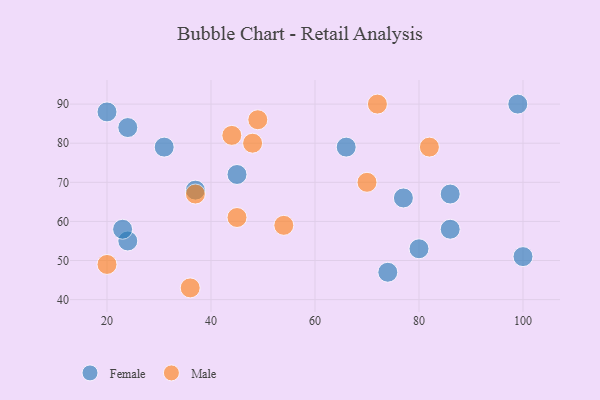
{"axis": {"x": "GDP", "y": "Life Expectancy"}, "legend": ["Female", "Male"], "data": [{"x": "66", "y": 79, "type": "Female"}, {"x": "86", "y": 67, "type": "Female"}, {"x": "80", "y": 53, "type": "Female"}, {"x": "99", "y": 90, "type": "Female"}, {"x": "20", "y": 88, "type": "Female"}, {"x": "24", "y": 55, "type": "Female"}, {"x": "31", "y": 79, "type": "Female"}, {"x": "45", "y": 72, "type": "Female"}, {"x": "86", "y": 58, "type": "Female"}, {"x": "37", "y": 68, "type": "Female"}, {"x": "100", "y": 51, "type": "Female"}, {"x": "23", "y": 58, "type": "Female"}, {"x": "74", "y": 47, "type": "Female"}, {"x": "24", "y": 84, "type": "Female"}, {"x": "77", "y": 66, "type": "Female"}, {"x": "37", "y": 67, "type": "Male"}, {"x": "20", "y": 49, "type": "Male"}, {"x": "48", "y": 80, "type": "Male"}, {"x": "82", "y": 79, "type": "Male"}, {"x": "72", "y": 90, "type": "Male"}, {"x": "70", "y": 70, "type": "Male"}, {"x": "36", "y": 43, "type": "Male"}, {"x": "44", "y": 82, "type": "Male"}, {"x": "54", "y": 59, "type": "Male"}, {"x": "45", "y": 61, "type": "Male"}, {"x": "49", "y": 86, "type": "Male"}]}